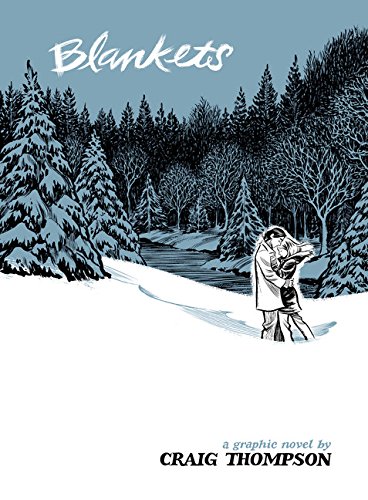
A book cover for Blankets; Craig Thompson; Comics & Graphic Novels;